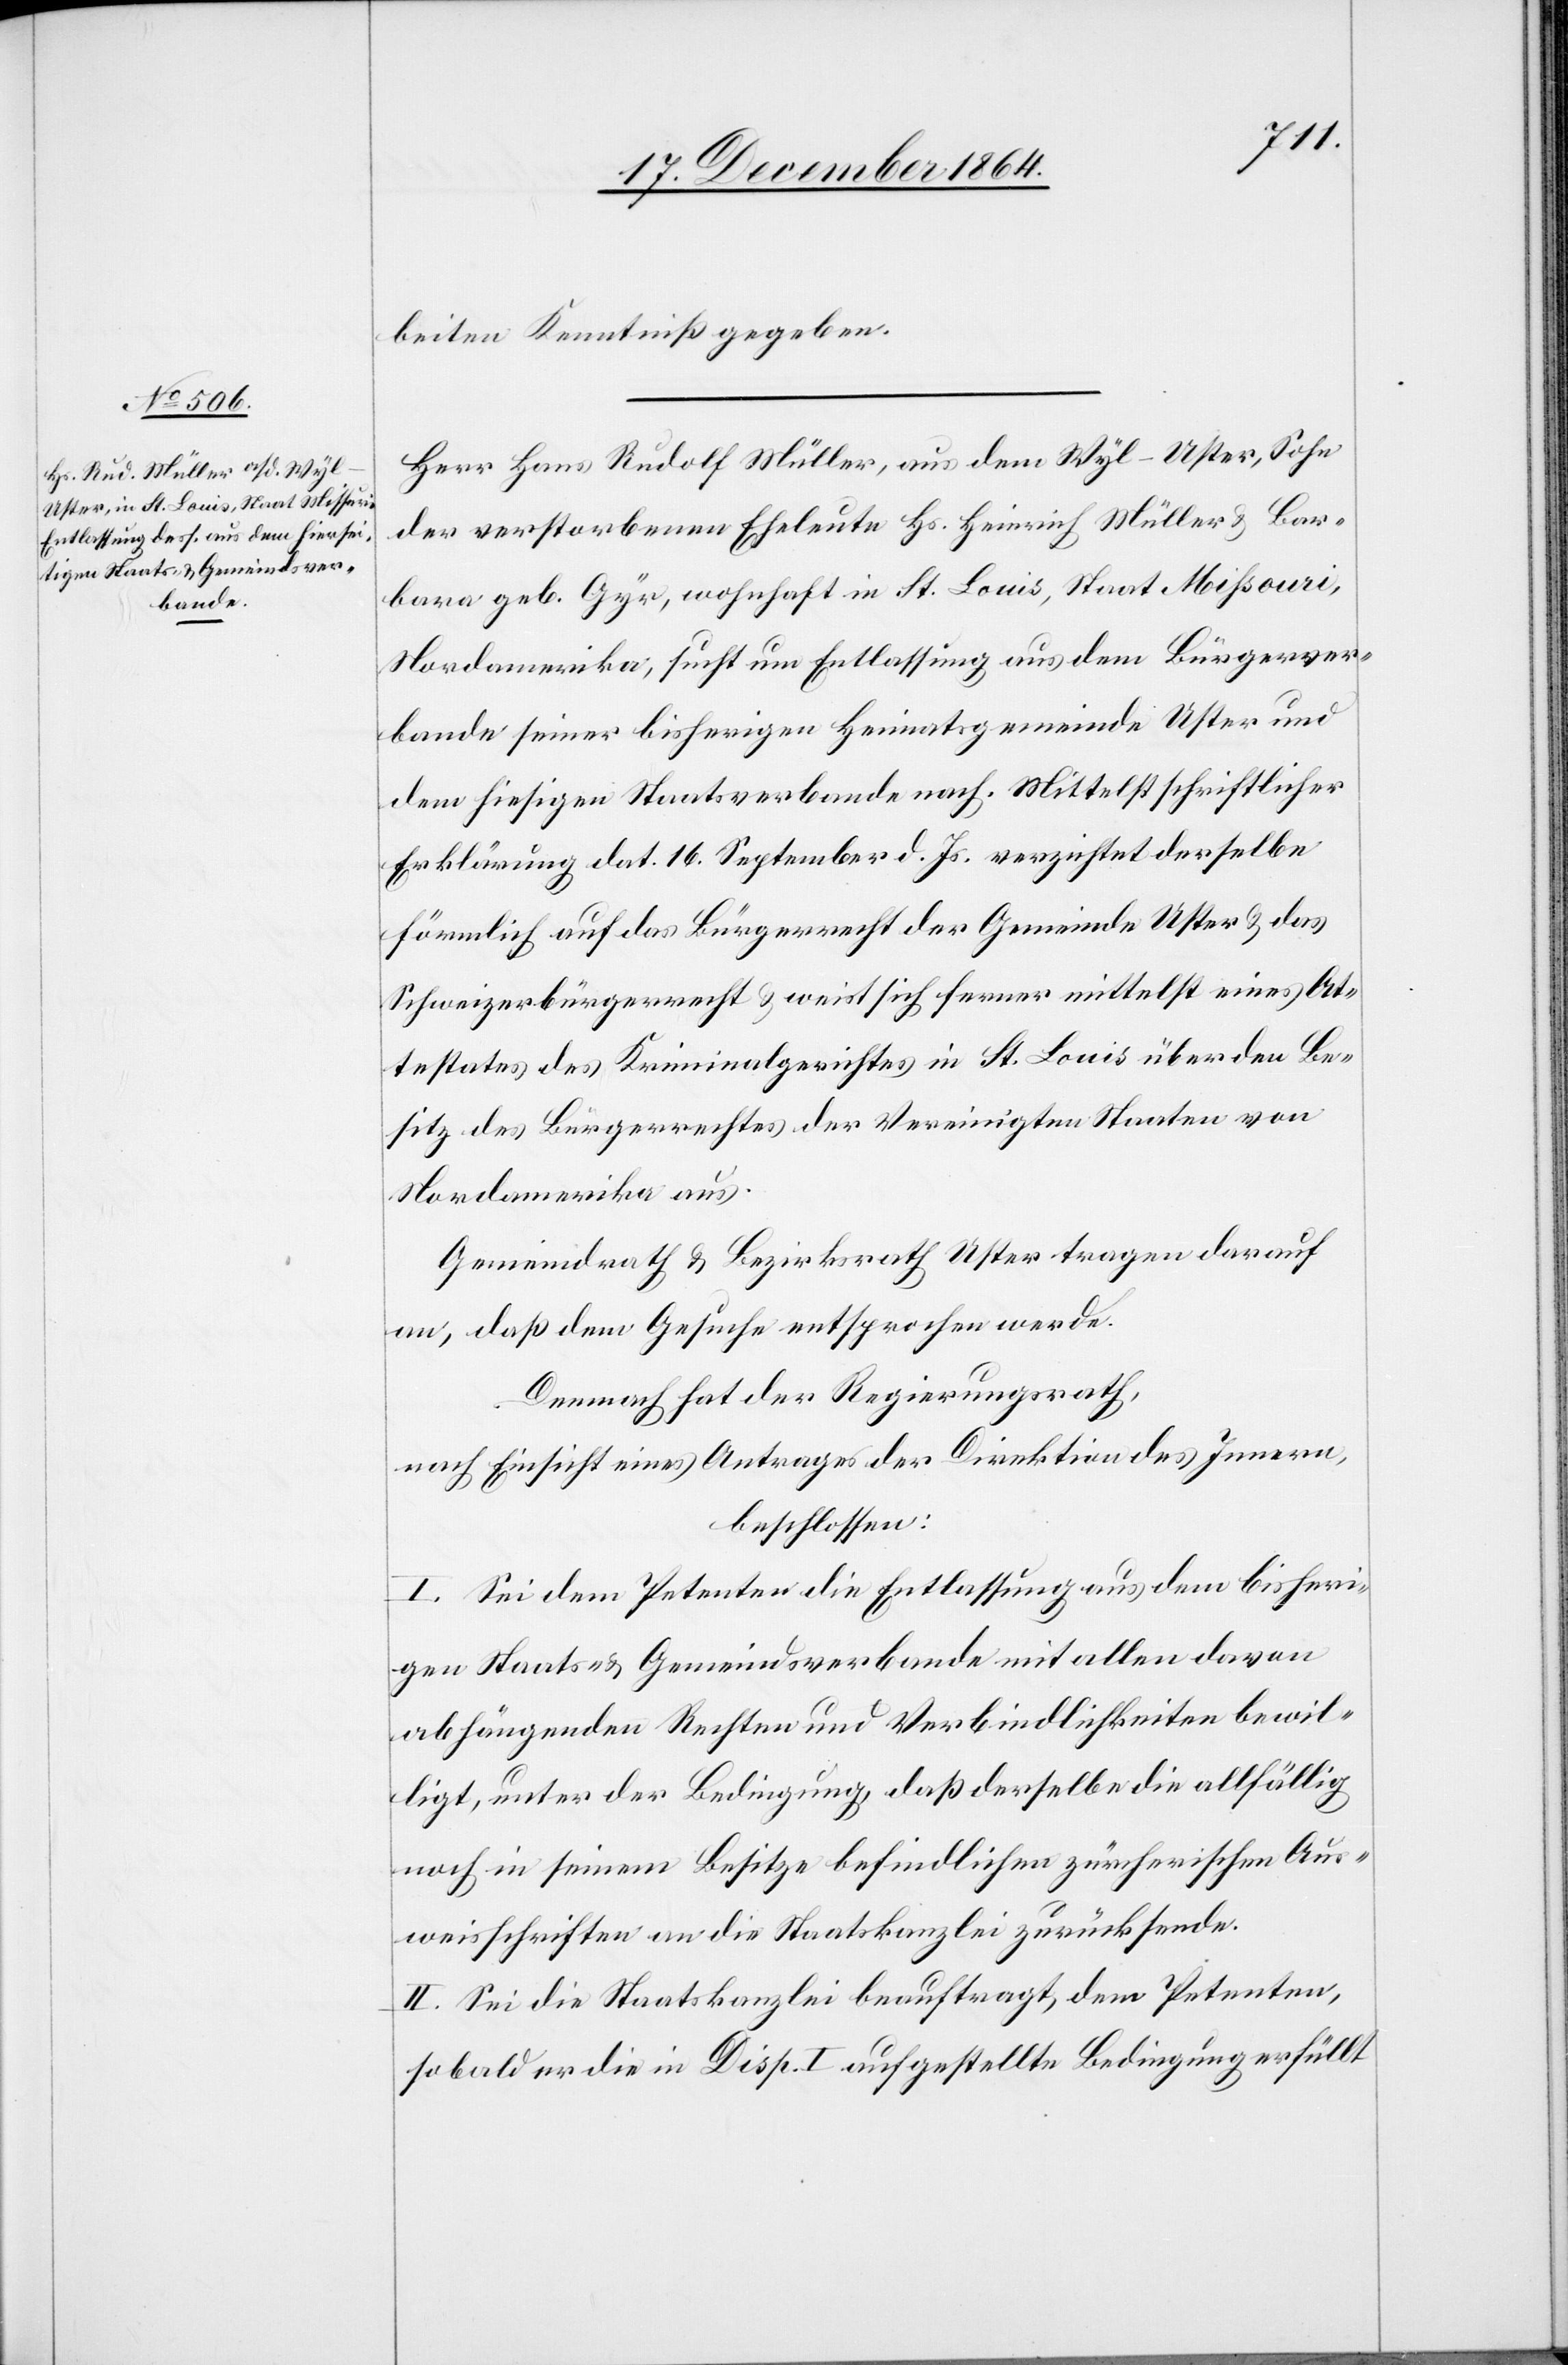
beiten Kenntniß gegeben.
Herr Hans Rudolf Müller, aus dem Wyl - Uster, Sohn
der verstorbenen Eheleute Hs. Heinrich Müller & Bar¬
bara geb. Gyr, wohnhaft in St. Louis, Staat Missouri,
Nordamerika, sucht um Entlassung aus dem Bürgerver¬
bande seiner bisherigen Heimatsgemeinde Uster und
dem hiesigen Staatsverbande nach. Mittelst schriftlicher
Erklärung dat. 16. September d. Js. verzichtet derselbe
förmlich auf das Bürgerrecht der Gemeinde Uster & das
Schweizerbürgerrecht & weist sich ferner mittelst eines At¬
testates des Kriminalgerichtes in St. Louis über den Be¬
sitz des Bürgerrechtes der Vereinigten Staaten von
Nordamerika aus.
Gemeindrath & Bezirksrath Uster tragen darauf
an, daß dem Gesuche entsprochen werde.
Demnach hat der Regierungsrath,
nach Einsicht eines Antrages der Direktion des Innern,
beschlossen:
I. Sei dem Petenten die Entlassung aus dem bisheri¬
gen Staats- & Gemeindsverbande mit allen davon
abhängenden Rechten und Verbindlichkeiten bewil¬
ligt, unter der Bedingung, daß derselbe die allfällig
noch in seinem Besitze befindlichen zürcherischen Aus¬
weisschriften an die Staatskanzlei zurücksende.
II. Sei die Staatskanzlei beauftragt, dem Petenten,
sobald er die in Disp. I aufgestellte Bedingung erfüllt